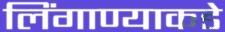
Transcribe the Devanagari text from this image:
लिंगाण्याकडे